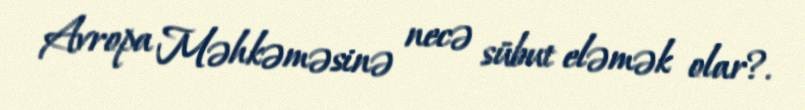
Avropa Məhkəməsinə necə sübut eləmək olar?.